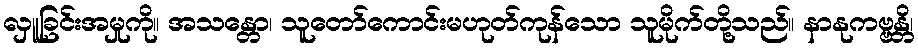
လှူခြင်းအမှုကို။ အသန္တော၊ သူတော်ကောင်းမဟုတ်ကုန်သော သူမိုက်တို့သည်။ နာနုကဗ္ဗန္တိ၊